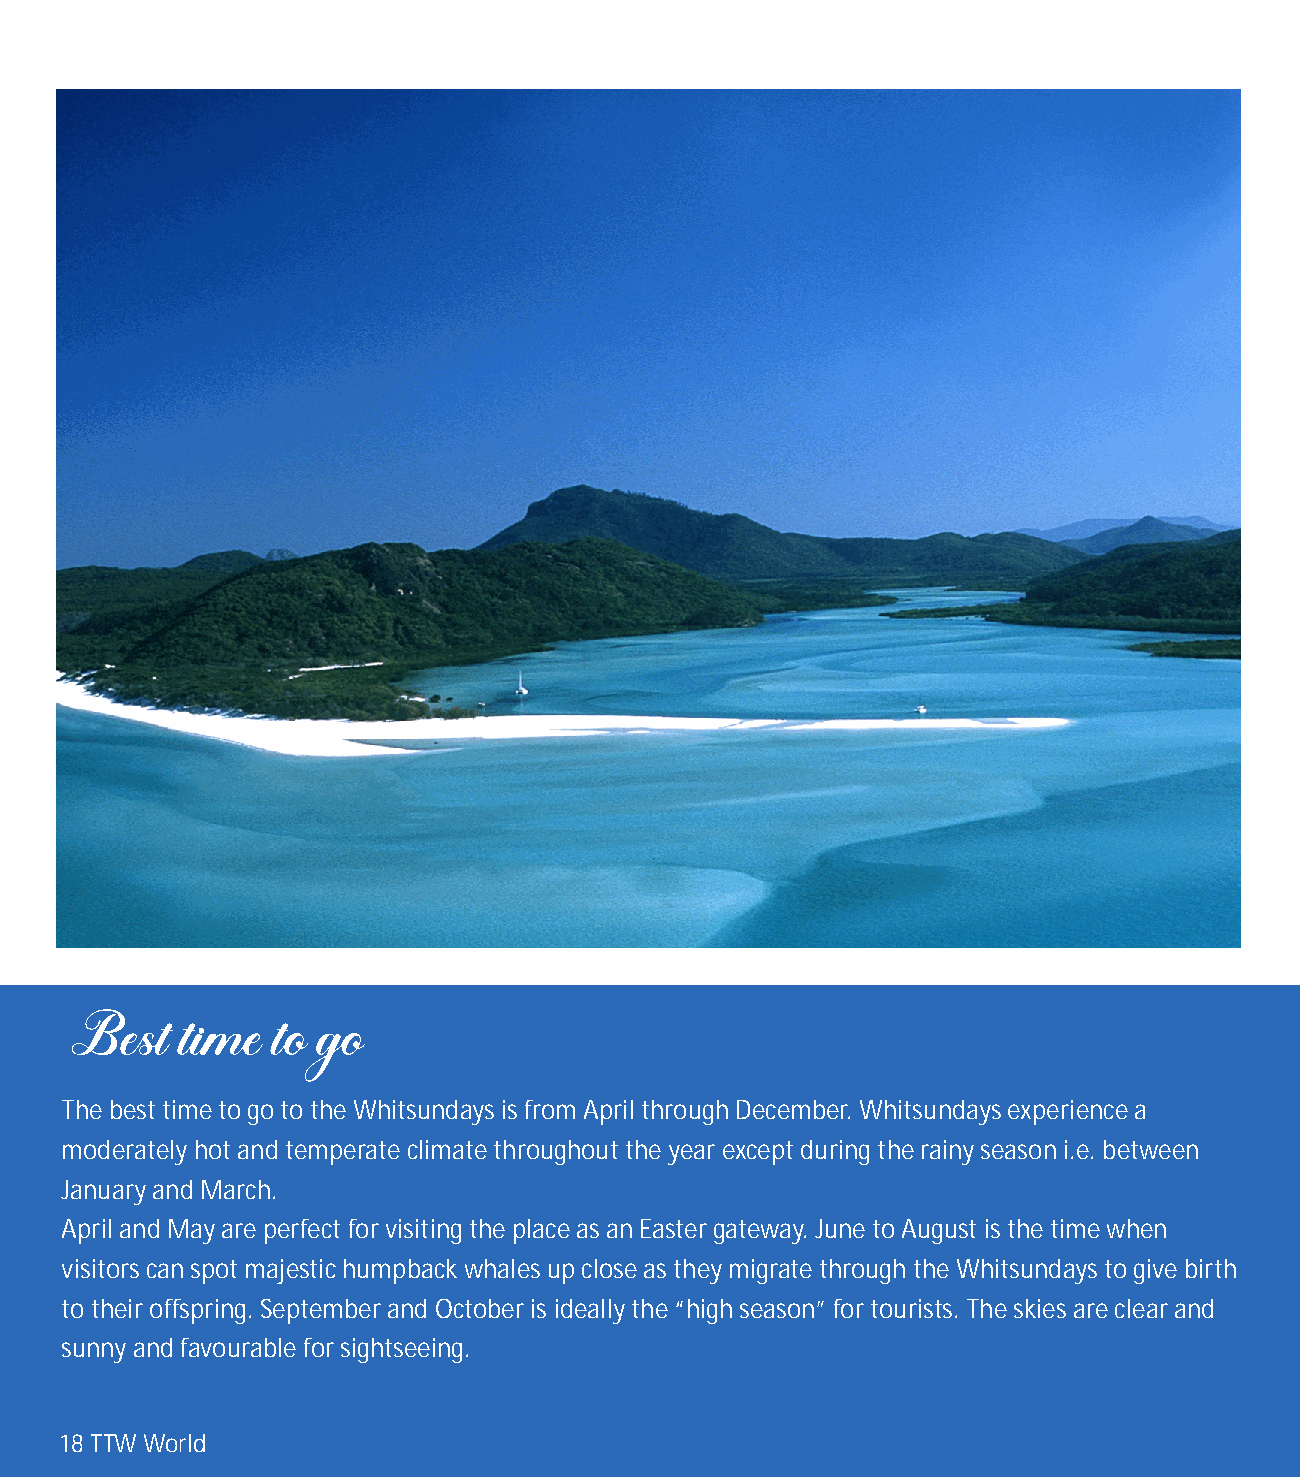
The best time to go to the Whitsundays is from April through December. Whitsundays experience a
 moderately hot and temperate climate throughout the year except during the rainy season i.e. between
 January and March.
 April and May are perfect for visiting the place as an Easter gateway. June to August is the time when
 visitors can spot majestic humpback whales up close as they migrate through the Whitsundays to give birth
 to their offspring. September and October is ideally the “high season” for tourists. The skies are clear and
 sunny and favourable for sightseeing.
 18 TTW World